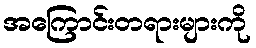
အကြောင်းတရားများကို